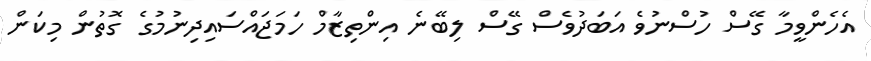
އެހެންވީމާ ގޭސް ހުސްނުވެ އަބަދުވެސް ގޭސް ލިބޭނެ އިންތިޒާމް ހަމަޖައްސައިދިނުމުގެ ގޮތުން މިކަން